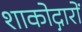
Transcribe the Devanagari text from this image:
शाकोद्गारों